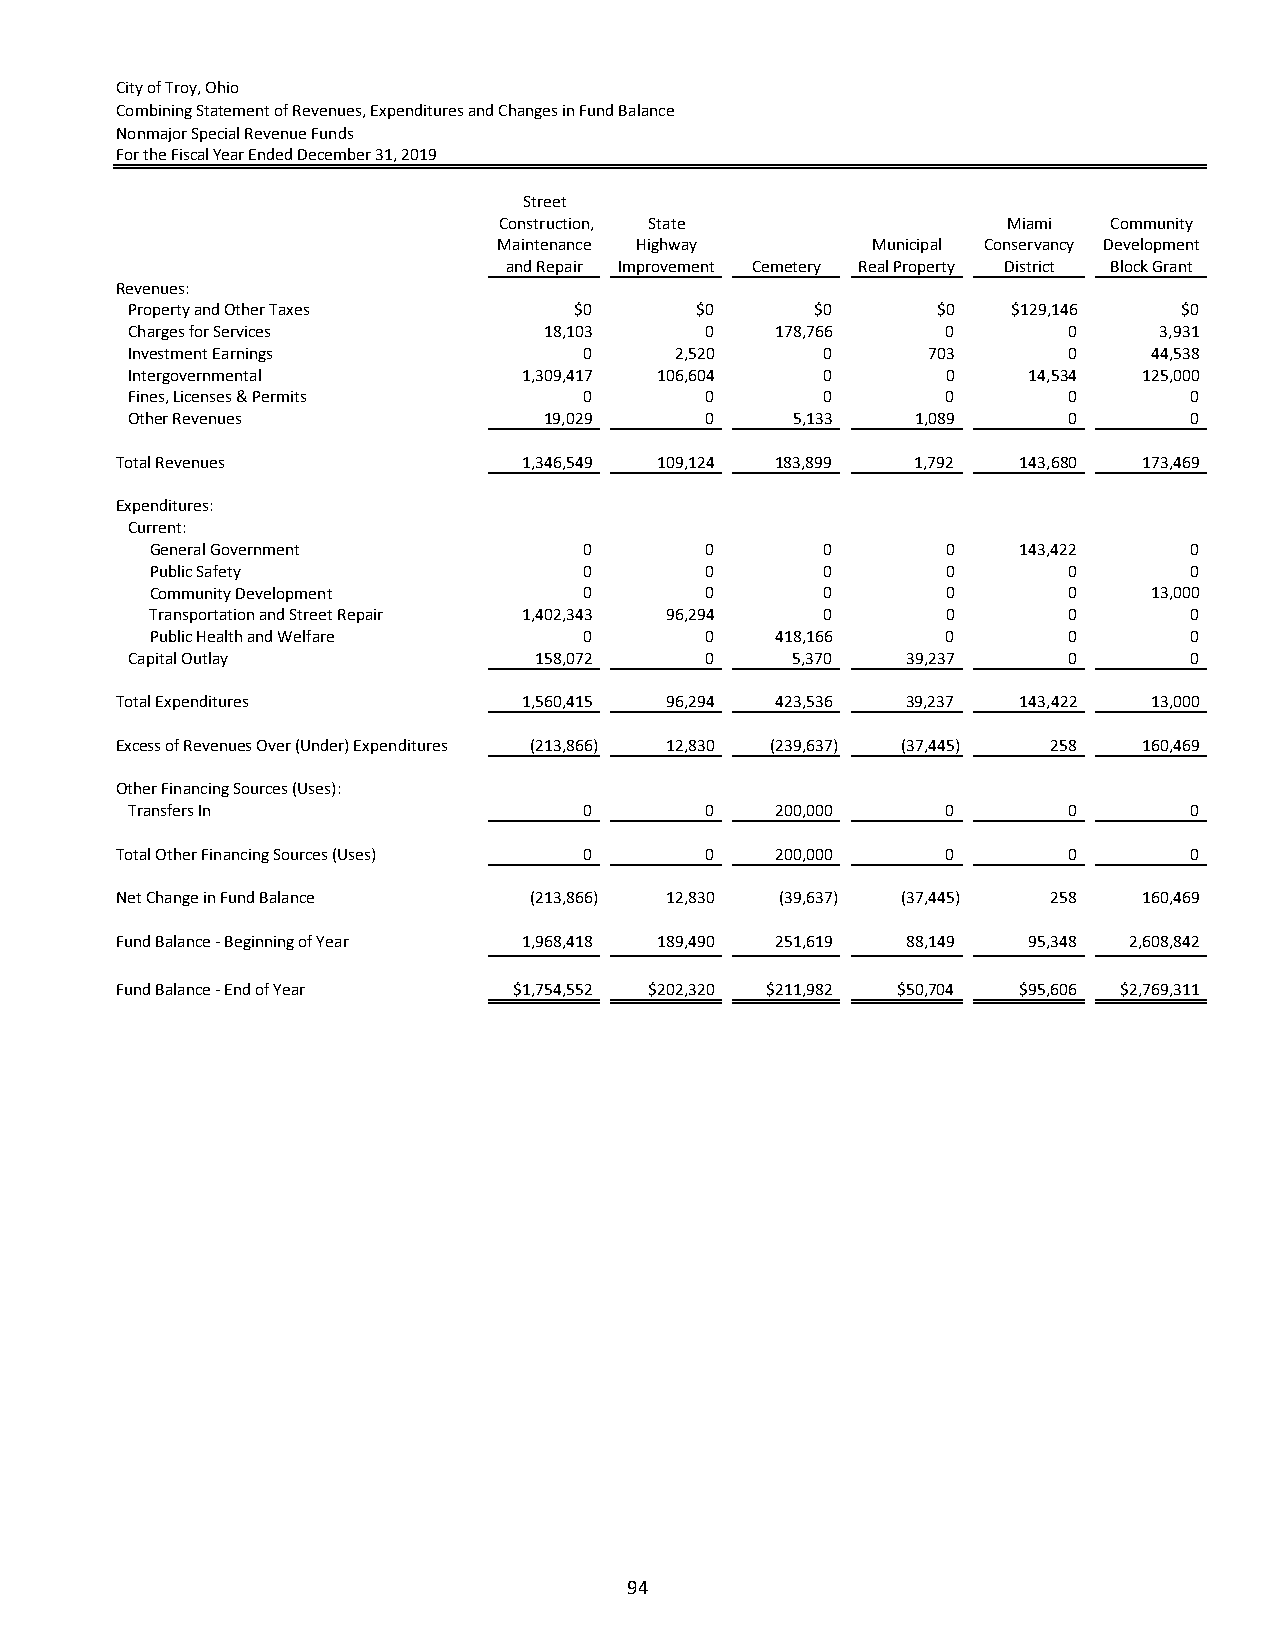
City of Troy, Ohio
 Combining Statement of Revenues, Expenditures and Changes in Fund Balance
 Nonmajor Special Revenue Funds
 For the Fiscal Year Ended December 31, 2019
 Street
 Construction, State               Miami  Community
 Maintenance Highway      Municipal Conservancy Development
 and Repair Improvement Cemetery Real Property District Block Grant
 Revenues:
 Property and Other Taxes      $0      $0      $0      $0   $129,146   $0
 Charges for Services        18,103     0   178,766     0       0     3,931
 Investment Earnings            0     2,520     0     703       0    44,538
 Intergovernmental          1,309,417 106,604   0       0    14,534  125,000
 Fines, Licenses & Permits      0       0       0       0       0       0
 Other Revenues              19,029     0    5,133    1,089     0       0
 Total Revenues             1,346,549 109,124 183,899 1,792  143,680 173,469
 Expenditures:
 Current:
 General Government           0       0       0       0    143,422    0
 Public Safety                0       0       0       0       0       0
 Community Development        0       0       0       0       0    13,000
 Transportation and Street Repair 1,402,343 96,294 0  0       0       0
 Public Health and Welfare    0       0   418,166     0       0       0
 Capital Outlay             158,072     0    5,370   39,237     0       0
 Total Expenditures         1,560,415 96,294 423,536 39,237  143,422 13,000
 Excess of Revenues Over (Under) Expenditures (213,866) 12,830 (239,637) (37,445) 258 160,469
 Other Financing Sources (Uses):
 Transfers In                   0       0   200,000     0       0       0
 Total Other Financing Sources (Uses) 0 0   200,000     0       0       0
 Net Change in Fund Balance (213,866) 12,830 (39,637) (37,445) 258   160,469
 Fund Balance ‐ Beginning of Year 1,968,418 189,490 251,619 88,149 95,348 2,608,842
 Fund Balance ‐ End of Year $1,754,552 $202,320 $211,982 $50,704 $95,606 $2,769,311
 94